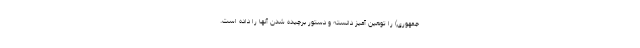
جمهوری) را توهین آمیز دانسته و دستور برچیده شدن آنها را داده است.